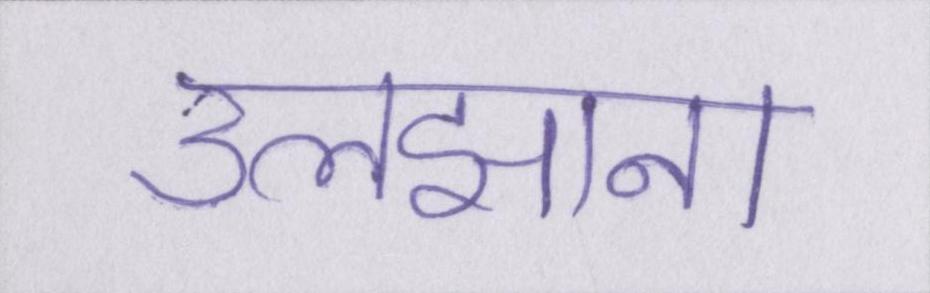
उलझाना